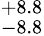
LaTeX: ^{+8.8}_{-8.8}